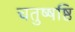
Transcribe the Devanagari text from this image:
चतुष्षष्ठि